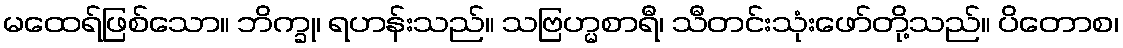
မထေရ်ဖြစ်သော။ ဘိက္ခု၊ ရဟန်းသည်။ သဗြဟ္မစာရီ၊ သီတင်းသုံးဖော်တို့သည်။ ပိတောစ၊